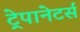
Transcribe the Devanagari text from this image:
ट्रेपानेटर्स